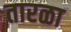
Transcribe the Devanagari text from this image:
तारळा